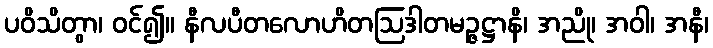
ပဝိသိတွာ၊ ဝင်၍။ နီလပီတလောဟိတဩဒါတမဉ္ဇဋ္ဌာနိ၊ အညို၊ အဝါ၊ အနီ၊